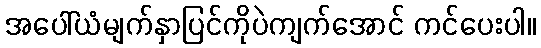
အပေါ်ယံမျက်နှာပြင်ကိုပဲကျက်အောင် ကင်ပေးပါ။